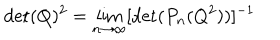
\det ( Q ) ^ { 2 } = \lim _ { n \rightarrow \infty } [ \det ( P _ { n } ( Q ^ { 2 } ) ) ] ^ { - 1 }